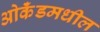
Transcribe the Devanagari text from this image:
ओकॅंडमधील